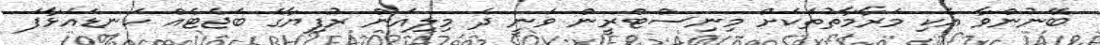
ބޭނުންވާ އެކި މަރާމާތުތަކަށް މިނިސްޓްރީން ވަނީ ދެ މިލިއަން ރުފިޔާގެ ބަޖެޓެއް ކަނޑައަޅާފަ